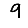
Digit: 9